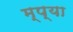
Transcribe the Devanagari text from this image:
म्प्या